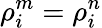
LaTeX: \rho_{i}^{m}=\rho_{i}^{n}